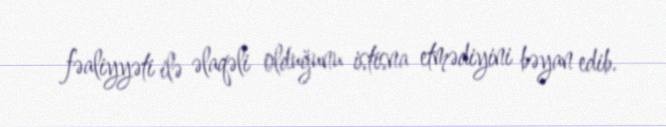
fəaliyyəti ilə əlaqəli olduğunu istisna etmədiyini bəyan edib.